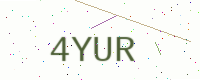
Text: 4YUR